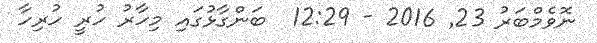
ނޮވެމްބަރު 23